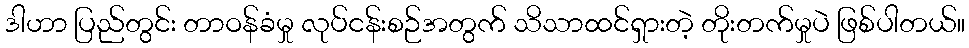
ဒါဟာ ပြည်တွင်း တာဝန်ခံမှု လုပ်ငန်းစဉ်အတွက် သိသာထင်ရှားတဲ့ တိုးတက်မှုပဲ ဖြစ်ပါတယ်။